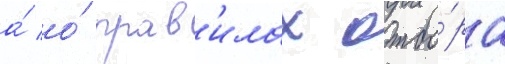
а́ о́ прав'илах отбо́ра